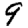
Digit: 9